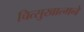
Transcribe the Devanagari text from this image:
चित्सुखात्मने